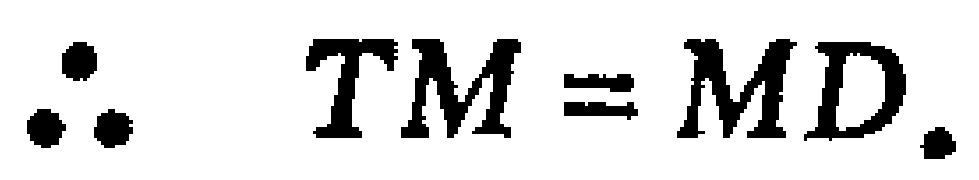
\(\therefore TM = MD.\)